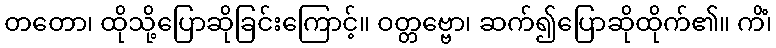
တတော၊ ထိုသို့ပြောဆိုခြင်းကြောင့်။ ဝတ္တဗ္ဗော၊ ဆက်၍ပြောဆိုထိုက်၏။ ကိံ၊